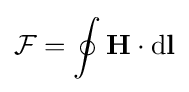
{\mathcal {F}}=\oint \mathbf {H} \cdot \mathrm {d} \mathbf {l}